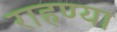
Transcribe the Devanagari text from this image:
राहण्या